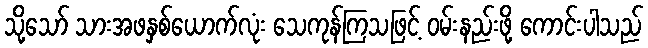
သို့သော် သားအဖနှစ်ယောက်လုံး သေကုန်ကြသဖြင့် ဝမ်းနည်းဖို့ ကောင်းပါသည်